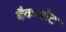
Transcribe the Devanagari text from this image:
बैकलोट